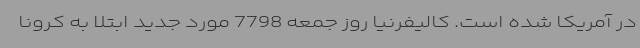
در آمریکا شده است. کالیفرنیا روز جمعه 7798 مورد جدید ابتلا به کرونا